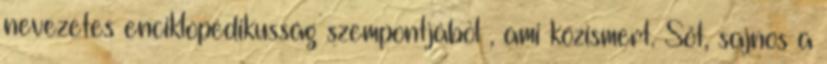
nevezetes enciklopédikusság szempontjából , ami közismert. Sőt, sajnos a